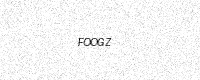
Text: FOOGZ